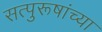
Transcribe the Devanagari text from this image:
सत्पुरूषांच्या